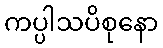
ကပ္ပါသပိစုနော